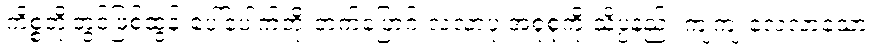
ကိစ္စတို့တွင်ဖြစ်ထွန်းပေါ်ပေါက်တိုးတက်ပြောင်းလဲလာပုံ အစုံစုံကို သိပ္ပံနည်း ကျကျ လေ့လာသော